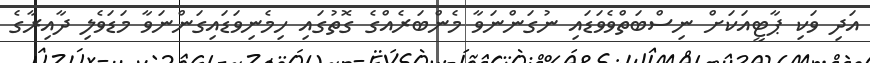
އަދި ވަކި ޕާޓީއަކަށް ނިސްބަތްވެވަޑައި ނުގަންނަވާ މެންބަރެއްގެ ގޮތުގައި ހިމެނިވަޑައިގަންނަވާ މަޑަވެލި ދާއިރާގެ